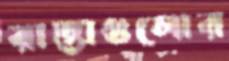
রাস্তাগুলোর